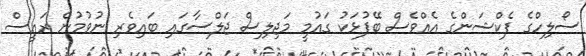
ސޯލިހްގެ ފެކްޝަންގެ އެއްވެސް ބޭފުޅަކު ގައުމީ މަޖިލިސް ޖަލްސާގައި ބައިވެރި ނުވުމުން ރައީސް